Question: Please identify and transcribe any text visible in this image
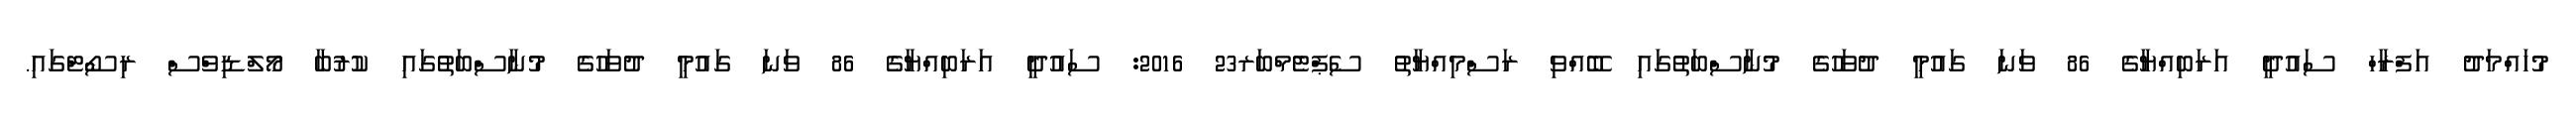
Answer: މުހައްމަދު އަފްރާހް ސައުދީ އަރަބިއްޔާގެ 86 ވަނަ ގައުމީ ދުވަހުގެ މުނާސްބަތުގައި ބޭއްވި ރަސްމިއްޔާތު ސެޕްޓެމްބަރ23 2016: ސައުދީ އަރަބިއްޔާގެ 86 ވަނަ ގައުމީ ދުވަހުގެ މުނާސްބަތުގައި ކުރުބާ މޯލްޑިވްސް ރިސޯޓްގައި.